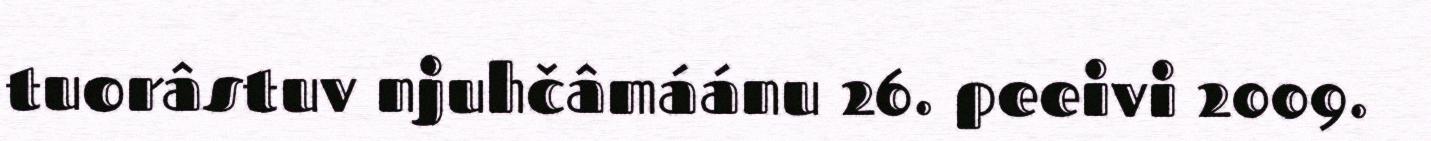
tuorâstuv njuhčâmáánu 26. peeivi 2009.